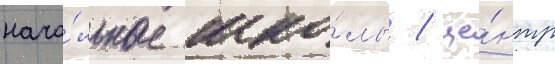
нача́льные шко́лы / це́нтр